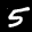
Label: 5